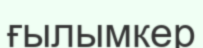
ғылымкер